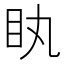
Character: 䀓